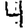
Digit: 4